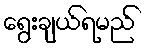
ရွေးချယ်ရမည်